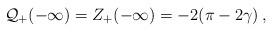
LaTeX: \begin{align*}{\cal Q}_{+}(-\infty )=Z_{+}(-\infty )=-2(\pi -2\gamma )\: ,\end{align*}